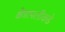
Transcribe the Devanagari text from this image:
क्षेत्रापलीकडे